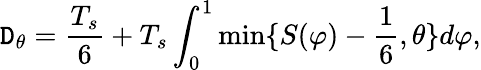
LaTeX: \mathtt{D}_{\theta}={\frac{{T_{s}}}{{6}}}+T_{s}\int_{0}^{1}\operatorname*{min}\{ S(\varphi)-{\frac{{1}}{{6}}},\theta\} d\varphi,